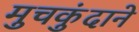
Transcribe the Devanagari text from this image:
मुचकुंदाने